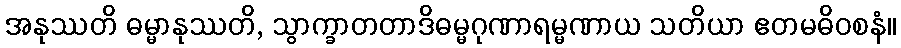
အနုဿတိ ဓမ္မာနုဿတိ, သွာက္ခာတတာဒိဓမ္မဂုဏာရမ္မဏာယ သတိယာ ဧတမဓိဝစနံ။